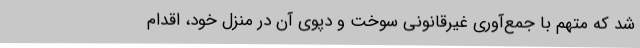
شد که متهم با جمع‌آوری غیرقانونی سوخت و دپوی آن در منزل خود، اقدام